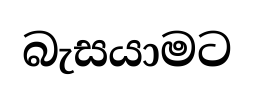
බැසයාමට